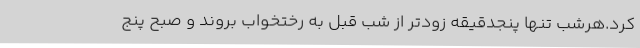
کرد.هرشب تنها پنجدقیقه زودتر از شب قبل به رختخواب بروند و صبح پنج